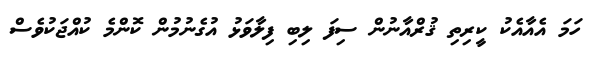
ހަމަ އެއާއެކު ކީރިތި ޤުރްއާނުން ސިފަ ލިބި ފިލާވަޅު އުގެނުމުން ކޮންމެ ކުއްޖަކުވެސް